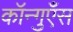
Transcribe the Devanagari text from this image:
कॉन्गुएँस